Annual administration report of the Civil Veterinary Department of India - 1892-1893
Year: 1892
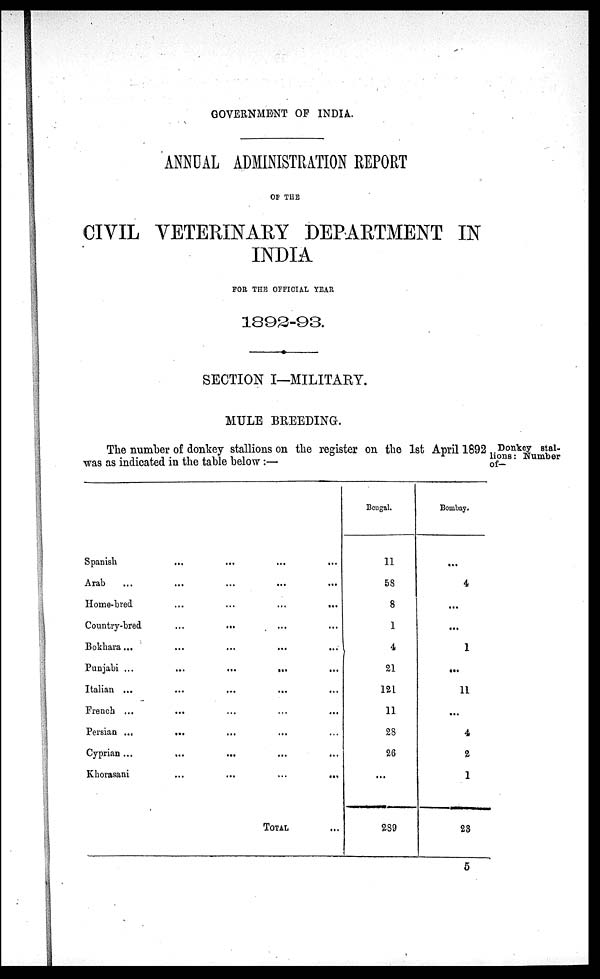
GOVERNMENT OF INDIA.
ANNUAL ADMINISTRATION REPORT
OF THE
CIVIL VETERINARY DEPARTMENT IN
INDIA
FOR THE OFFICIAL YEAR
1892-93.
SECTION I—MILITARY.
MULE BREEDING.
Donkey stal-
lions: Number
of-
The number of donkey stallions on the register on the 1st April 1892
was as indicated in the table below:—
Spanish ... ... ... ...
Arab ... ... ... ... ...
Home-bred ... ... ... ...
Country-bred ... ... ... ...
Bokhara ... ... ... ... ...
Punjabi ... ... ... ... ...
Italian ... ... ... ... ...
French ... ... ... ... ...
Persian ... ... ... ... ...
Cyprian ... ... ... ... ...
Khorasani ... ... ... ...
TOTAL
...
Bengal.
11
58
8
1
4
21
121
11
28
26
...
289
Bombay.
...
4
...
...
1
...
11
...
4
2
1
23
5